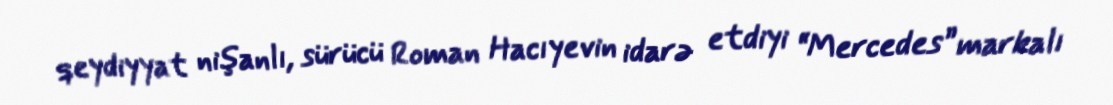
qeydiyyat nişanlı, sürücü Roman Hacıyevin idarə etdiyi “Mercedes” markalı